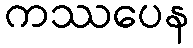
ကဿပေန